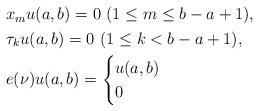
LaTeX: \begin{align*}\begin{aligned} & x_m u{(a,b)} =0 \ (1 \le m \le b-a+1) , \\ & \tau_k u{(a,b)} =0 \ (1 \le k < b-a+1), \\& e(\nu) u{(a,b)}= \begin{cases}u{(a,b)} & \\0 & \end{cases}\end{aligned}\end{align*}